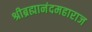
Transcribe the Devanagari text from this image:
श्रीब्रह्मानंदमहाराज